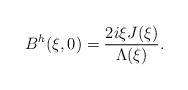
LaTeX: \begin{align*}B^h(\xi,0) = \frac{2i \xi J(\xi)}{\Lambda(\xi)}.\end{align*}